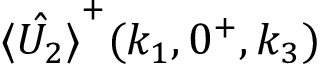
\hat { \langle U _ { 2 } \rangle } ^ { + } ( k _ { 1 } , 0 ^ { + } , k _ { 3 } )